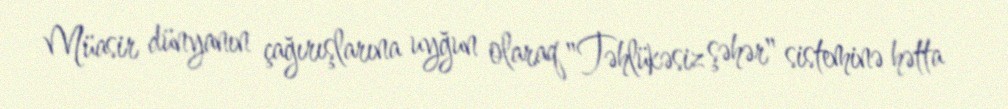
Müasir dünyanın çağırışlarına uyğun olaraq "Təhlükəsiz şəhər" sisteminə hətta